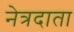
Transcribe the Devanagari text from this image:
नेत्रदाता